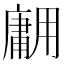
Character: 𱰡